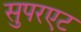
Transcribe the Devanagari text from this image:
सुपरएट